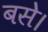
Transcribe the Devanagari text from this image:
बसेे।